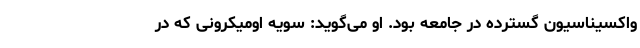
واکسیناسیون گسترده در جامعه بود. او می‌گوید: سویه اومیکرونی که در